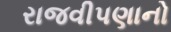
રાજવીપણાનો